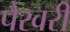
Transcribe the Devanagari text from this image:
पैरवरी